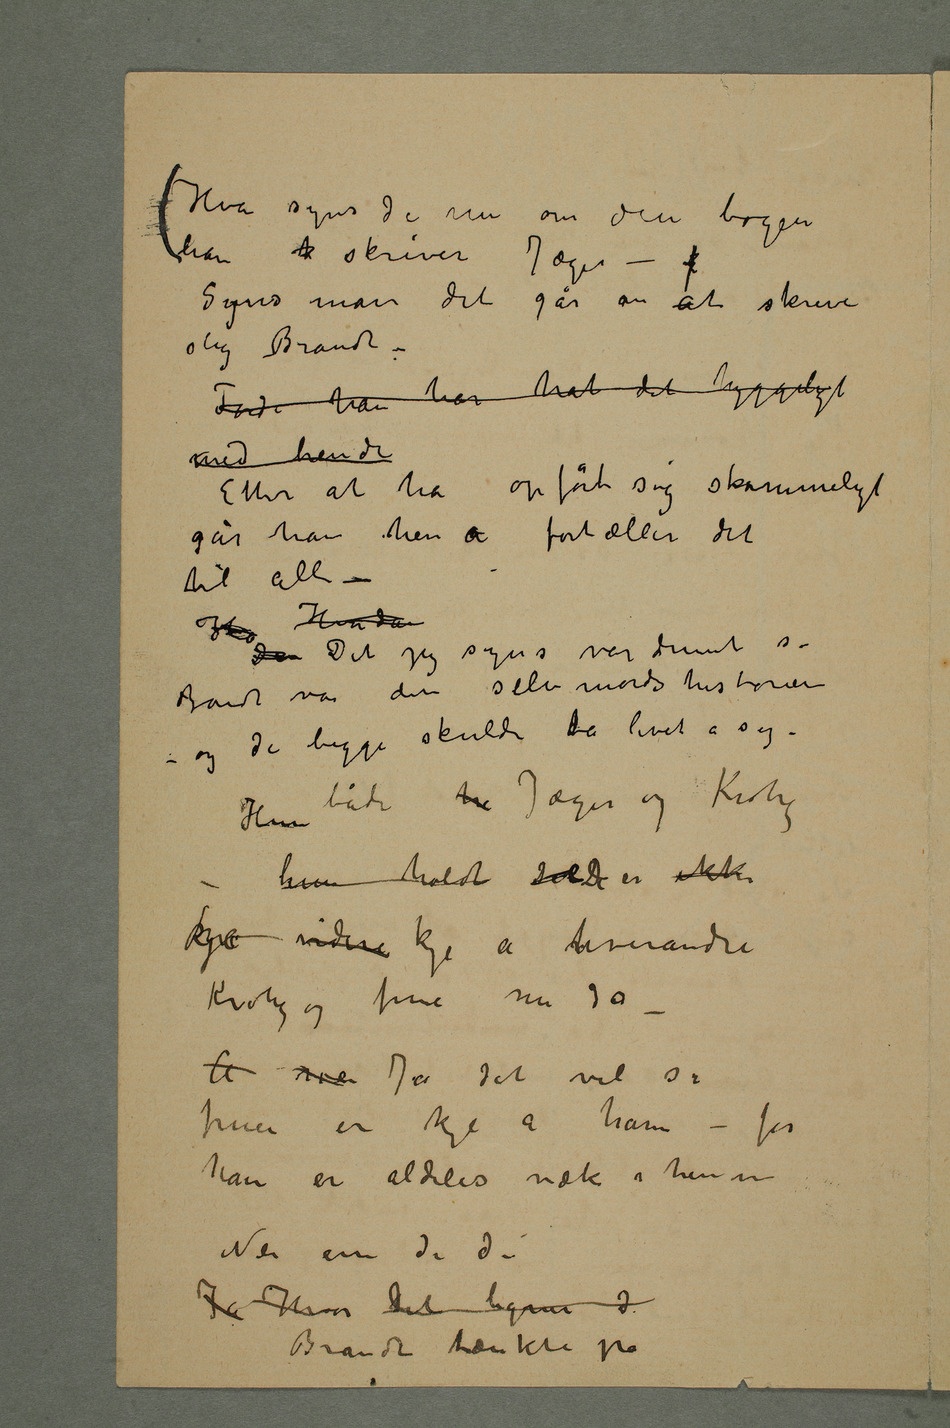
Hva synes de nu om den bogen
Syns man det går an at skrive
slig Brandt –
Fordi han har hat det hyggeligt
med hende
Etter at ha opført sig skammeligt
går han hen å fortæller det
til alle –
Ha Hvordan
Den Det jeg synes var dumt sa
Brandt var den selvmordshistorien –
og de begge skulde ta livet a sig
– Hun både  Jæger og Krohg
– hun holdt Det De er ikke
kje videre kje a hverandre
Krohg og frue nu da
– Å sier Ja det vil si
fruen er kje a ham – for
han er aldeles væk i henne
Nei enn de da
Ja Hvor Det ligner d
Brandt tænkte på